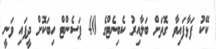
ކޭކު ފަޅާފައިވާ ގޮތަށް ބަލާއިރު ކެބިނެޓްގެ 40 ޕަސެންޓް ހިބަކޮށް ދީފައި ވަނީ